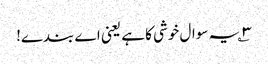
۳؎ یہ سوال خوشی کا ہے یعنی اے بندے!